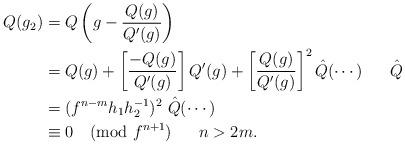
LaTeX: \begin{align*} Q(g_2) &= Q\left(g-\frac{Q(g)}{Q'(g)}\right) \\&= Q(g)+\left[\frac{-Q(g)}{Q'(g)}\right]Q'(g)+\left[\frac{Q(g)}{Q'(g)}\right]^2 \hat{Q}(\cdots) \ \ \ \ \ \hat{Q} \\&= (f^{n-m} h_1h_2^{-1})^2 \ \hat{Q}(\cdots) \\&\equiv 0 \pmod{f^{n+1}} \ \ \ \ \ n > 2m.\end{align*}